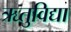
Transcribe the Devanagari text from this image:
ऋतुविद्या